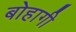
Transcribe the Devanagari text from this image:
बोहागी